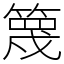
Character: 篾